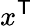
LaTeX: x^{\textsf{T}}